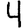
Digit: 4